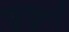
જીજીટી